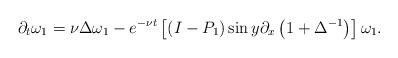
LaTeX: \begin{align*}\partial_{t}\omega_{1}=\nu\Delta\omega_{1}-e^{-\nu t}\left[ \left(I-P_{1}\right) \sin y\partial_{x}\left( 1+\Delta^{-1}\right) \right]\omega_{1}. \end{align*}